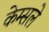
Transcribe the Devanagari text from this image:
केम्सले